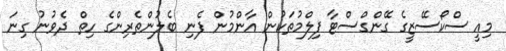
މިއީ ސްކޯސޭޒީގެ ގޭންގްސްޓާ ފިލްމުތަކުން އާންމުން ފެނި ބެލުންތެރިންގެ ހިތް ދެވުނު ގިނަ